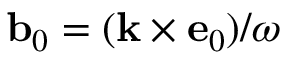
{ \bf b } _ { 0 } = ( { \bf k } \times { \bf e } _ { 0 } ) / \omega